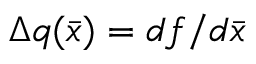
\Delta q ( \bar { x } ) = d f / d \bar { x }